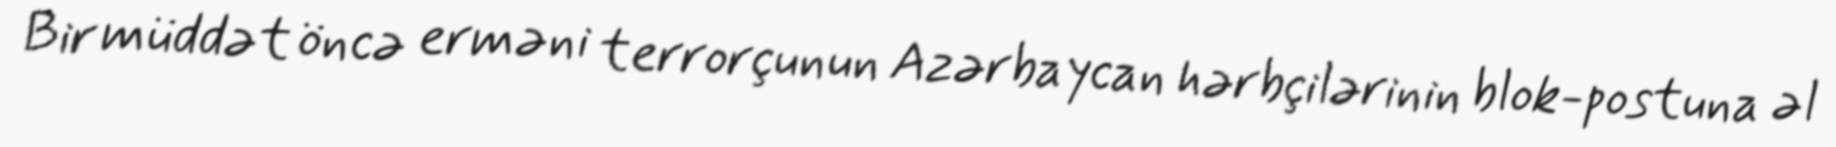
Bir müddət öncə erməni terrorçunun Azərbaycan hərbçilərinin blok-postuna əl